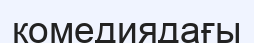
комедиядағы